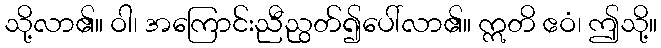
သို့လာ၏။ ဝါ၊ အကြောင်းညီညွတ်၍ပေါ်လာ၏။ ဣတိ ဧဝံ၊ ဤသို့။